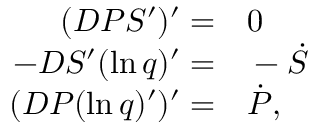
\begin{array} { r l } { ( D P S ^ { \prime } ) ^ { \prime } = } & { { } 0 } \\ { - D S ^ { \prime } ( \ln q ) ^ { \prime } = } & { { } - \dot { S } } \\ { ( D P ( \ln q ) ^ { \prime } ) ^ { \prime } = } & { { } \dot { P } , } \end{array}